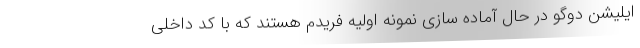
ایلیشن دوگو در حال آماده سازی نمونه اولیه فریدم هستند که با کد داخلی